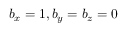
b _ { x } = 1 , b _ { y } = b _ { z } = 0